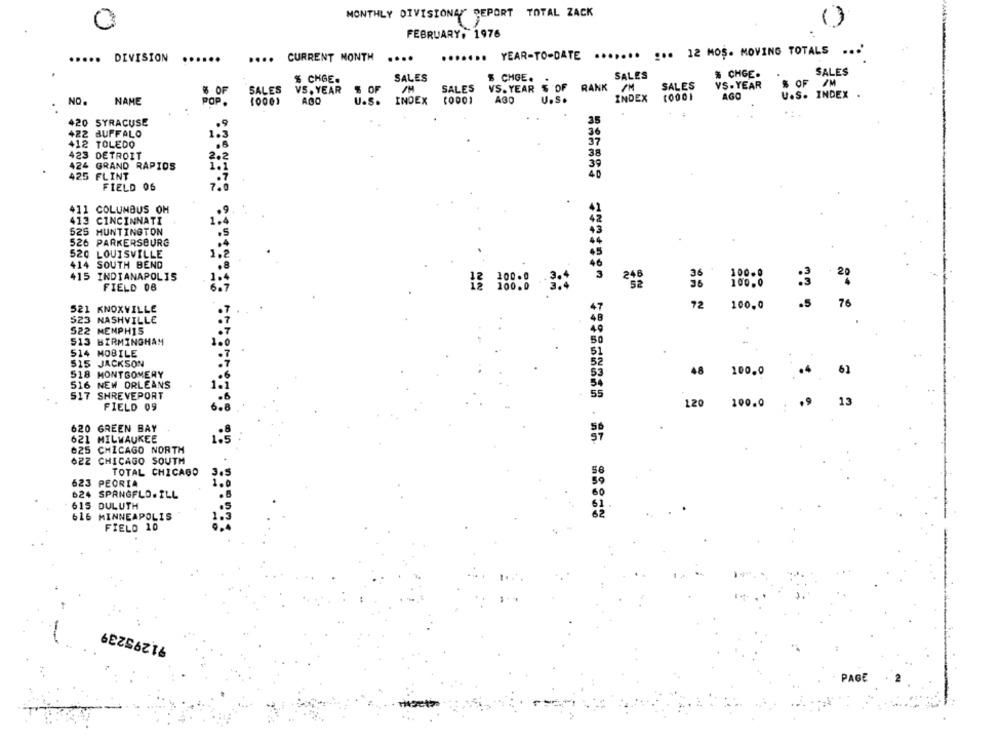
MONTHLY DIVISIONAL DEPORT TOTAL ZACK
0
1)
FEBRUARY, 1976
... 12 MOS- MOVING TOTALS ... '
.....
DIVISION
...
....
....
CURRENT MONTH
....
....... YEAR-TO-DATE
.......
SALES
% CHGE.
SALES
$ CHGE.
SALES
$ CHGE.
% OF /M
$ OF
SALES
VS. YEAR
$ OF
SALES
VS. YEAR $ OF
RANK
SALES
VS. YEAR
AGO
U.S. INDEX .
NO.
NAME
POP.
(0001
AGO
U.S.
INDEX
AGO
U.s.
INDEX
420 SYRACUSE
35
422 BUFFALO
36
37
412 TOLEDO
423 DETROIT
38
424 GRAND RAPIDS
425 FLINT
FIELD 06
411 COLUMBUS OH
413 CINCINNATI
525 HUNTINGTON
526 PARKERSBURG
520 LOUISVILLE
414 SOUTH BEND
415 INDIANAPOLIS
100.0
FIELD 08
100.0
100.0
.5
76
521 KNOXVILLE
72
100.0
523 NASHVILLE
522 MENPHIS
513 BIRMINGHAM
514 MOBILE
515
JACKSON
48
100.0
61
518 MONTGOMERY
516 NEW ORLEANS
517 SHREVEPORT
FIELD 09
120 100.0
.9
13
620 GREEN BAY
621 MILWAUKEE
1.5
625 CHICAGO NORTH
622 CHICAGO SOUTH
TOTAL CHICAGO
623 PEORIA
624 SPANGFLO.ILL
615 DULUTH
616 MINNEAPOLIS
====== ======= ========= == 6 88850
FIELD 10
91295239
PAGE